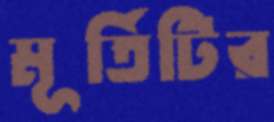
মূর্তিটির